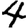
Digit: 4